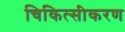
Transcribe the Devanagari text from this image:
चिकित्सीकरण